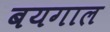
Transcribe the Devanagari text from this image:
बयगाल